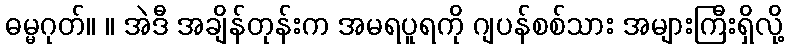
ဓမ္မဂုတ်။ ။ အဲဒီ အချိန်တုန်းက အမရပူရကို ဂျပန်စစ်သား အများကြီးရှိလို့